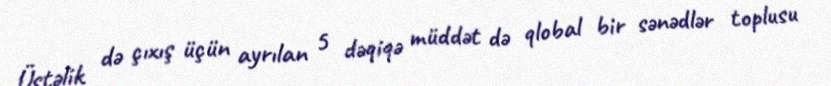
Üstəlik də çıxış üçün ayrılan 5 dəqiqə müddət də qlobal bir sənədlər toplusu